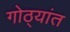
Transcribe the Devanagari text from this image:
गोठ्यांत